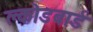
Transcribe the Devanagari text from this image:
क्लोडबार्ड